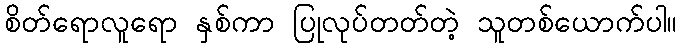
စိတ်ရောလူရော နှစ်ကာ ပြုလုပ်တတ်တဲ့ သူတစ်ယောက်ပါ။